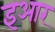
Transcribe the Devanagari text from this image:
इआर